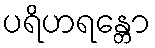
ပရိဟရန္တော